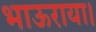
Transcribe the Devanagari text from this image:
भाऊराया।